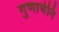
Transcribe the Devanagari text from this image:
गुणाचेनि